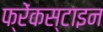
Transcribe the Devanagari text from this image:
फ्रेंकस्टाइन